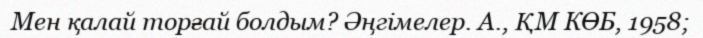
Мен қалай торғай болдым? Әңгімелер. А., ҚМ КӨБ, 1958;